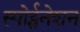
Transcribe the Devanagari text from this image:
स्पोर्ट्सनेशन